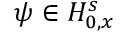
\psi \in H _ { 0 , x } ^ { s }